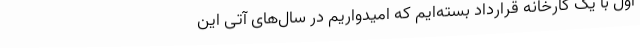
اول با یک کارخانه قرارداد بسته‌ایم که امیدواریم در سال‌های آتی این